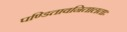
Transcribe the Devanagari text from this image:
पण्डितावनितालताः